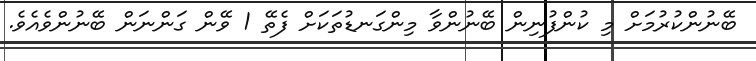
ބޭނުންކުރުމަށް މި ކުންފުނިން ބޭނުންވާ މިންގަނޑުތަކަށް ފެތޭ 1 ވޭން ގަންނަން ބޭނުންވެއެވެ.